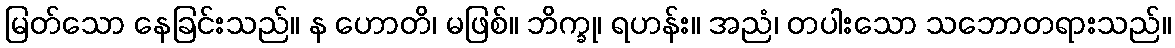
မြတ်သော နေခြင်းသည်။ န ဟောတိ၊ မဖြစ်။ ဘိက္ခု၊ ရဟန်း။ အညံ၊ တပါးသော သဘောတရားသည်။